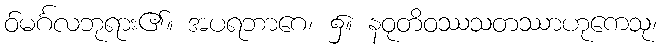
ဝ်မင်္ဂလဘုရား၏။ အပရဘာဂေ၊ ၌။ နဝုတိဝဿသတဿာဟုကေသု၊